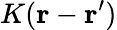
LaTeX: K(\mathbf{r}-\mathbf{r}^{\prime})